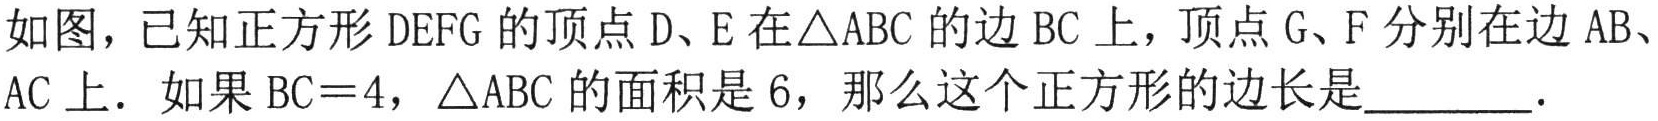
如图，已知正方形$DEFG$的顶点$D、E$在$\triangle ABC$的边$BC$上，顶点$G、F$分别在边$AB、$
$AC$上．如果$BC = 4$，$\triangle ABC$的面积是$6$，那么这个正方形的边长是  ．